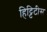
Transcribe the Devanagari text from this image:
हिट्टिटीस